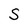
Character: S